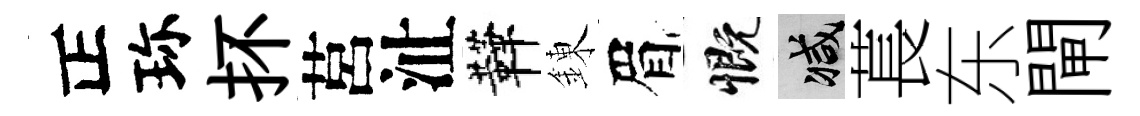
正珎抔莒沚鞾錬眉慨减萇东閘